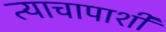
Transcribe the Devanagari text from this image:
त्याचापाशी